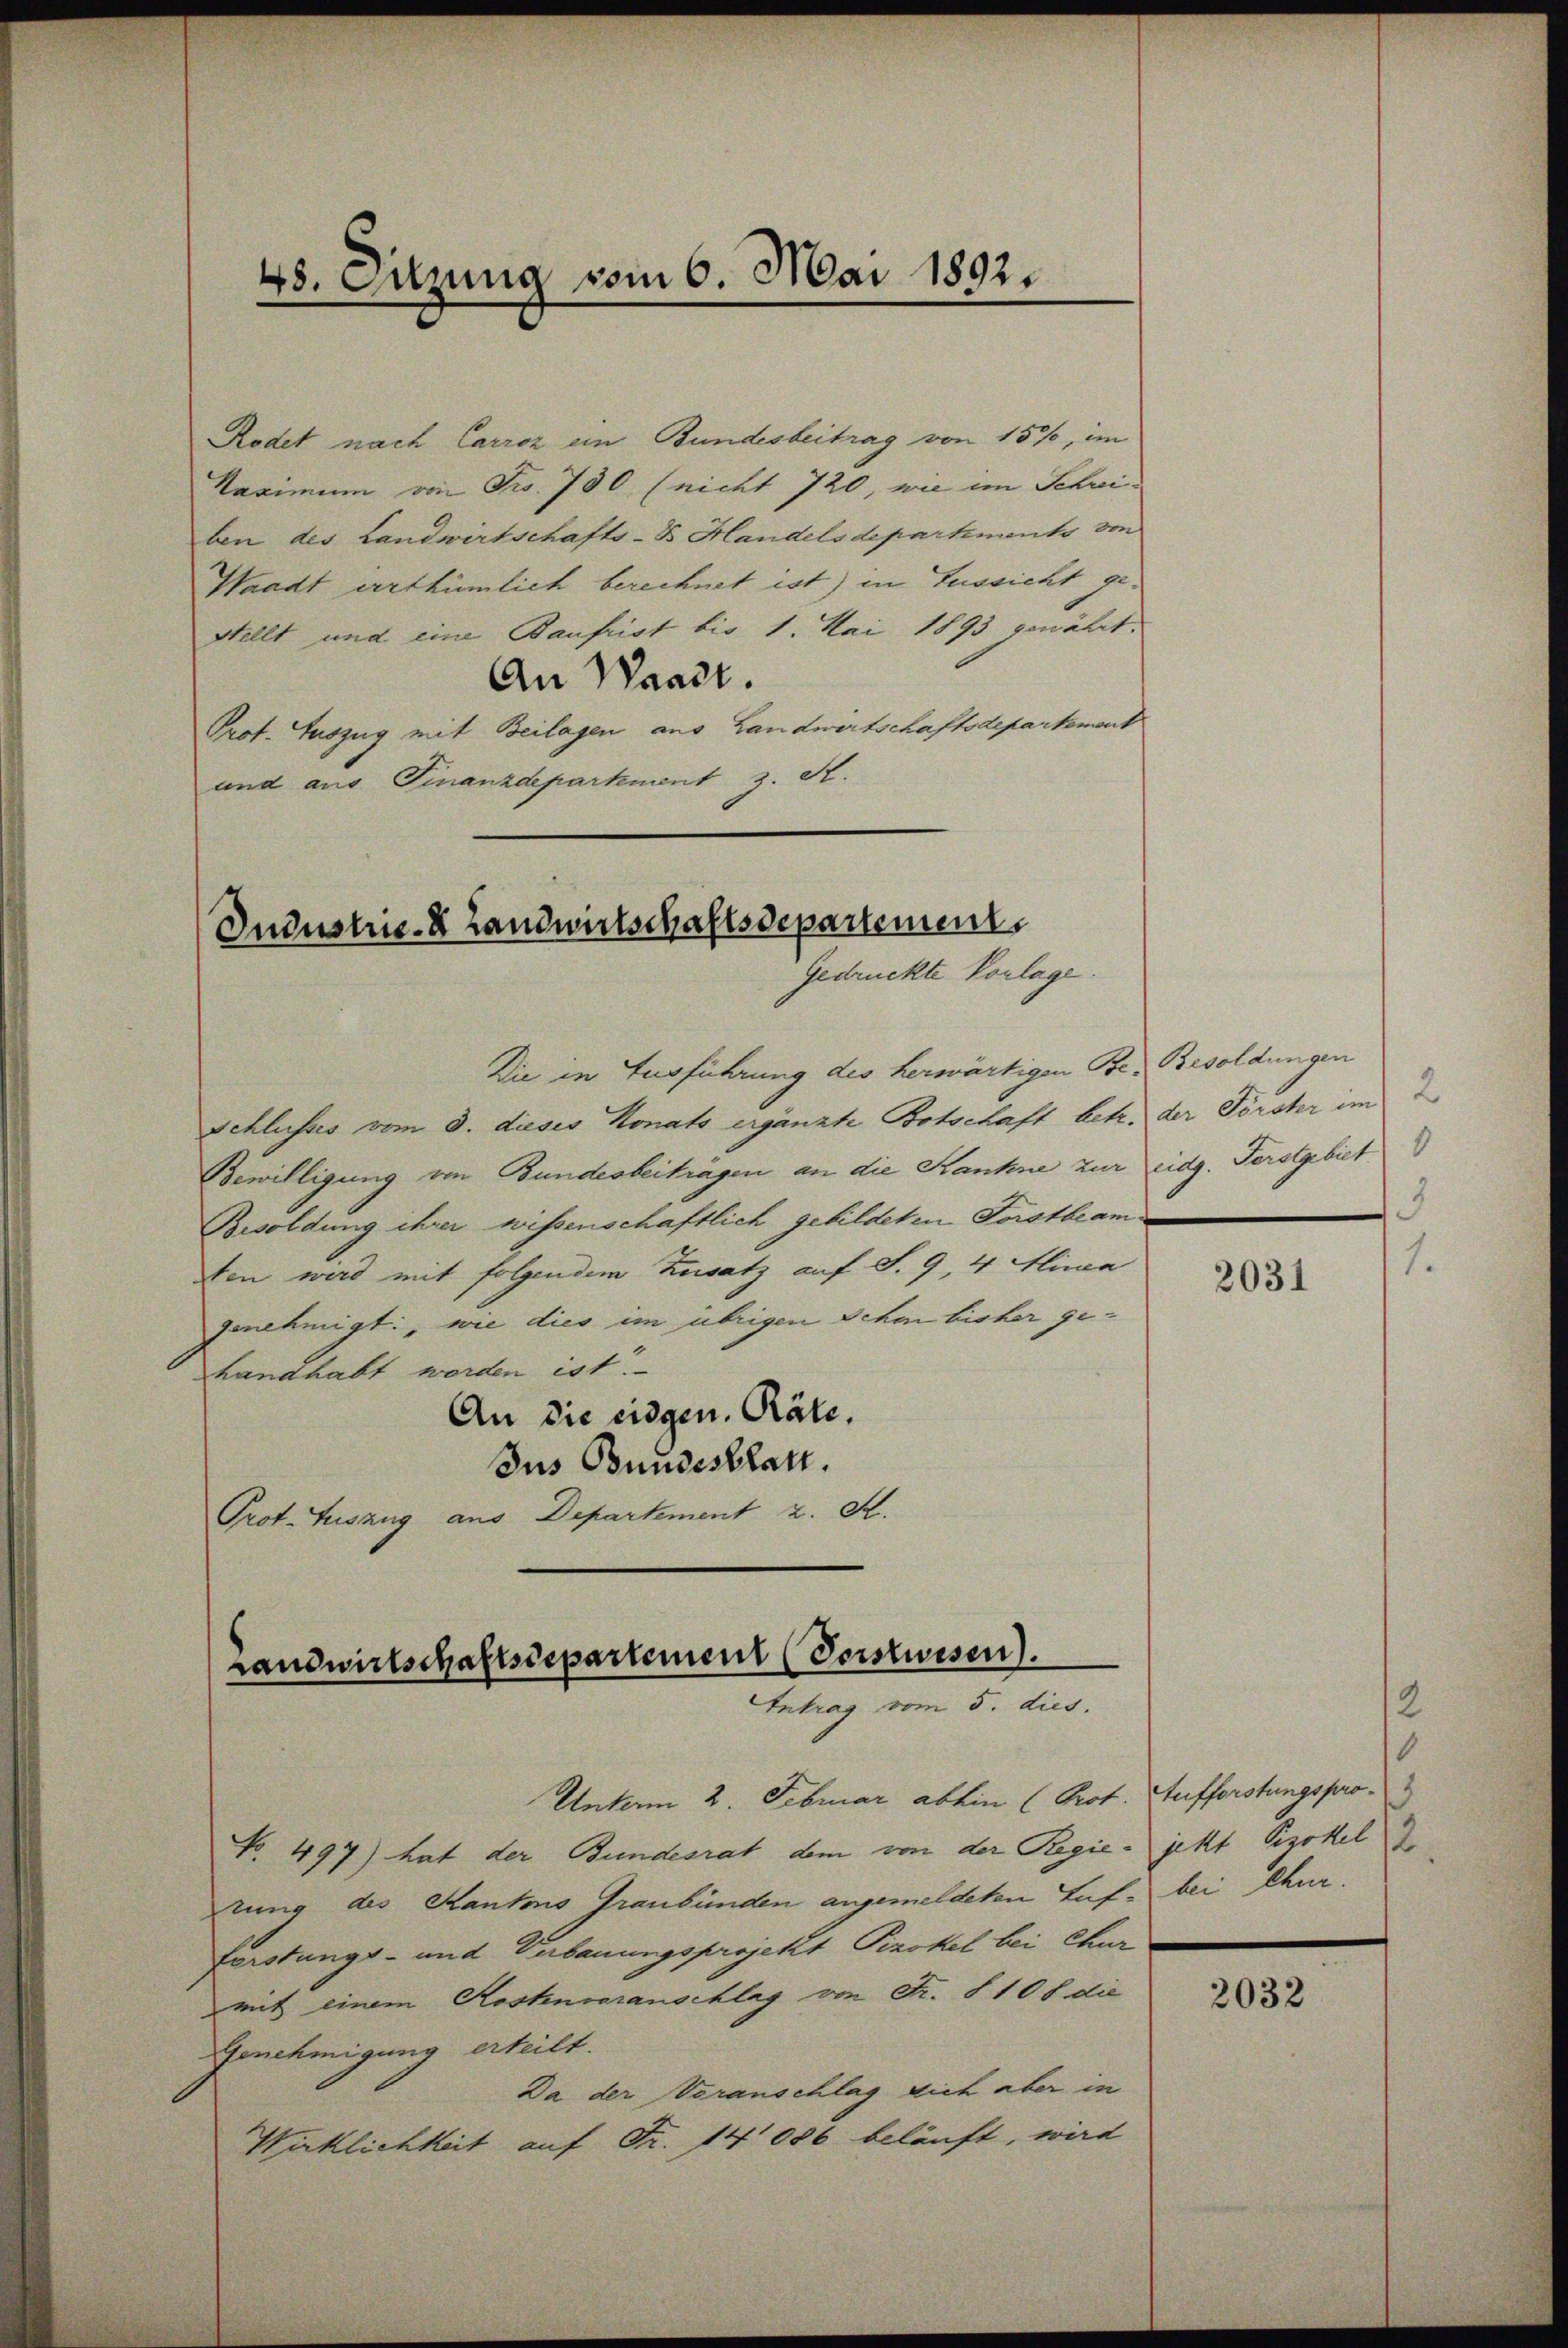
48. Sitzung vom 6. Mai 1892.

Rodet nach Carroz ein Bundesbeitrag von 15%, im
Kaximum von Fr. 780 (nicht 720, wie im Schreiben des Landwirtschafts-B. Handelsdepartmento von
Waadt irrthümlich berechnet ist) in Aussicht ge¬
Stellt und eine Baufrist bis 1. Mai 1893 genährt.
An Waadt.
Prof. Auszug mit Beilagen aus Landwirtschaftsdepartemont
und aus Finanzdepartement z. S.

Industrie- Landwirtschaftsdepartement
Gedruckte Vorlage.

Die in Ausführung des herwärtigen Be- Besoldungen
Schlusses vom 3. dieses Monats ergänzte Botschaft betr. der Förster im
Bewilligung von Bundesbeiträgen an die Kanne zur eidg. Ferstgebiet
Besoldung ihrer wissenschaftlich gebildeten Forstbeam
ten wird mit folgendem Zusatz auf S. 9, 4 Alinea
genehmigt, wie dies im übrigen Schon bisher gehandhabt werden ist.
An die eidgen. Räte.
Jus Bundesblatt.
Prot. Auszug aus Departement z. S.

Landwirtschaftsdepartement (Sonstwesen.
Intrag vom 5. dies

Unterm 2. Februar abhin (Prot. Aufforstungspro¬
No. 497) hat der Bundesrat dem von der Regie- jetzt Pizokel d
rung des Kantons Graubünden angemeldeten Auf bei Chur.
Forstungs- und Verbauungsprojekt Pizokel bei Chur
mit einem Kostenvoranschlag von Fr. § 108 die
Genehmigung erteilt.
Da der Veranschlag sich aber in
Wirklichkeit auf Fr. 14086 beläuft, wird

2
3

2031

1
2

2032